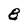
Character: 8